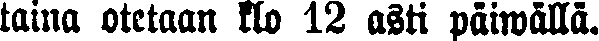
taina otetaan klo 12 asti päiwällä.